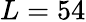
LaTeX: L=54